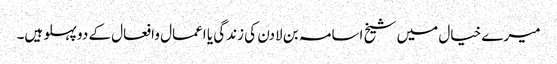
میرے خیال میں شیخ اسامہ بن لادن کی زندگی یا اعمال وافعال کے دو پہلو ہیں۔